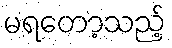
မရတော့သည့်